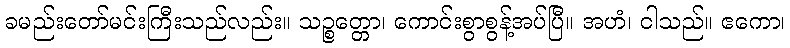
ခမည်းတော်မင်းကြီးသည်လည်း။ သဉ္စတ္တော၊ ကောင်းစွာစွန့်အပ်ပြီ။ အဟံ၊ ငါသည်။ ဧကော၊